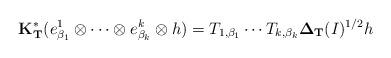
LaTeX: \begin{align*} {\bf K_{T}^*} (e^1_{\beta_1}\otimes \cdots \otimes e^k_{\beta_k}\otimes h)=T_{1,\beta_1}\cdots T_{k,\beta_k}{\bf \Delta_{T}}(I)^{1/2}h \end{align*}